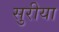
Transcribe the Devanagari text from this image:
सुरीया